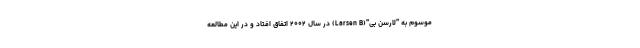
موسوم به "لارسن بی"(Larsen B) در سال ۲۰۰۲ اتفاق افتاد و در این مطالعه